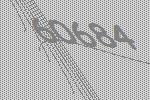
60684